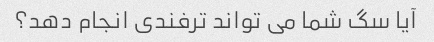
آیا سگ شما می تواند ترفندی انجام دهد؟